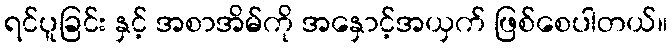
ရင်ပူခြင်း နှင့် အစာအိမ်ကို အနှောင့်အယှက် ဖြစ်စေပါတယ်။